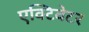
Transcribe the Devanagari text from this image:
एक्टिवेटर